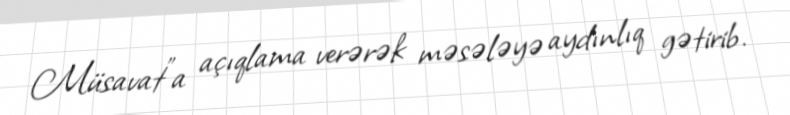
Müsavat”a açıqlama verərək məsələyə aydınlıq gətirib.